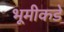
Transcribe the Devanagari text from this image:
भूमीकडे